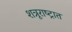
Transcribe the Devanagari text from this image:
शत्रूराष्ट्रात